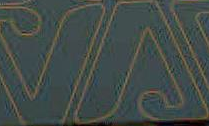
VA